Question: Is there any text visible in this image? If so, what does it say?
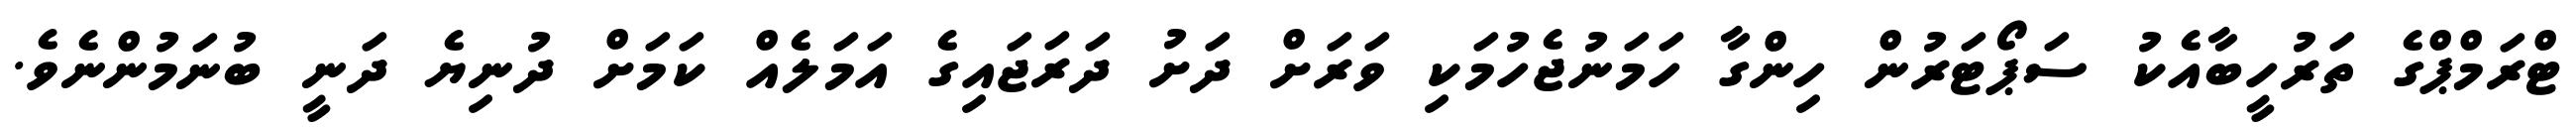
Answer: ޓްރަމްޕްގެ ތަރުހީބާއެކު ސަޕޯޓަރުން ހިންގާ ހަމަނުޖެހުމަކި ވަރަށް ދަށު ދަރަޖައިގެ އަމަލެއް ކަމަށް ދުނިޔެ ދަނީ ބުނަމުންނެވެ.